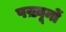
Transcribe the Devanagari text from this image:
पख़्यूनों